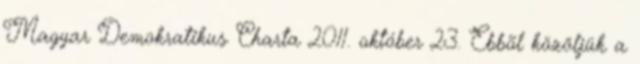
Magyar Demokratikus Charta 2011. október 23. Ebbõl közöljük a